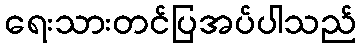
ရေးသားတင်ပြအပ်ပါသည်